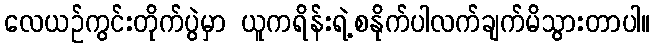
လေယဉ်ကွင်းတိုက်ပွဲမှာ ယူကရိန်းရဲ့စနိုက်ပါလက်ချက်မိသွားတာပါ။